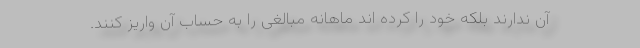
آن ندارند بلکه خود را کرده اند ماهانه مبالغی را به حساب آن واریز کنند.